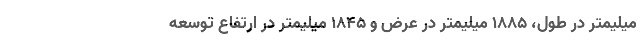
میلیمتر در طول، 1885 میلیمتر در عرض و 1845 میلیمتر در ارتفاع توسعه